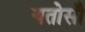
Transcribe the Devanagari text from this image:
यतोसौ